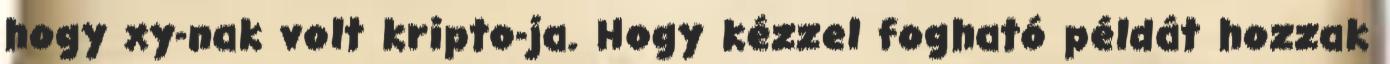
hogy xy-nak volt kripto-ja. Hogy kézzel fogható példát hozzak